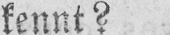
kennt?